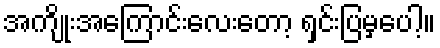
အကျိုးအကြောင်းလေးတော့ ရှင်းပြမှပေါ့။